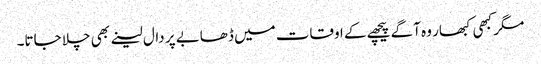
مگر کبھی کبھار وہ آگے پیچھے کے اوقات میں ڈھابے پر دال لینے بھی چلا جاتا۔